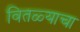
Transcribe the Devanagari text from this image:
वितळ्याचा